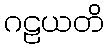
ဂဠယတိ